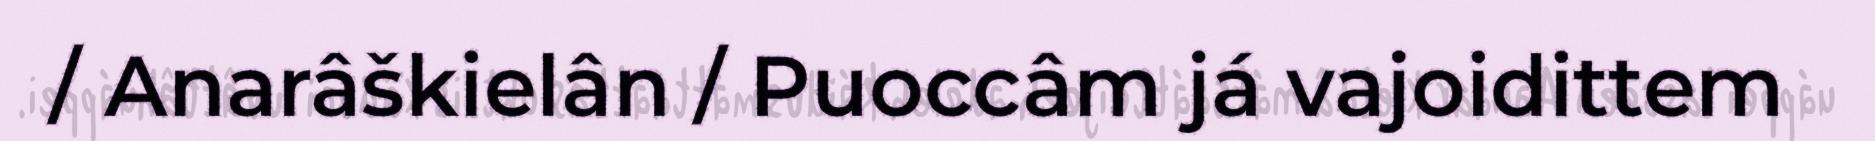
/ Anarâškielân / Puoccâm já vajoidittem